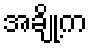
အချို့က